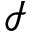
\mathcal { I }